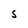
Character: S